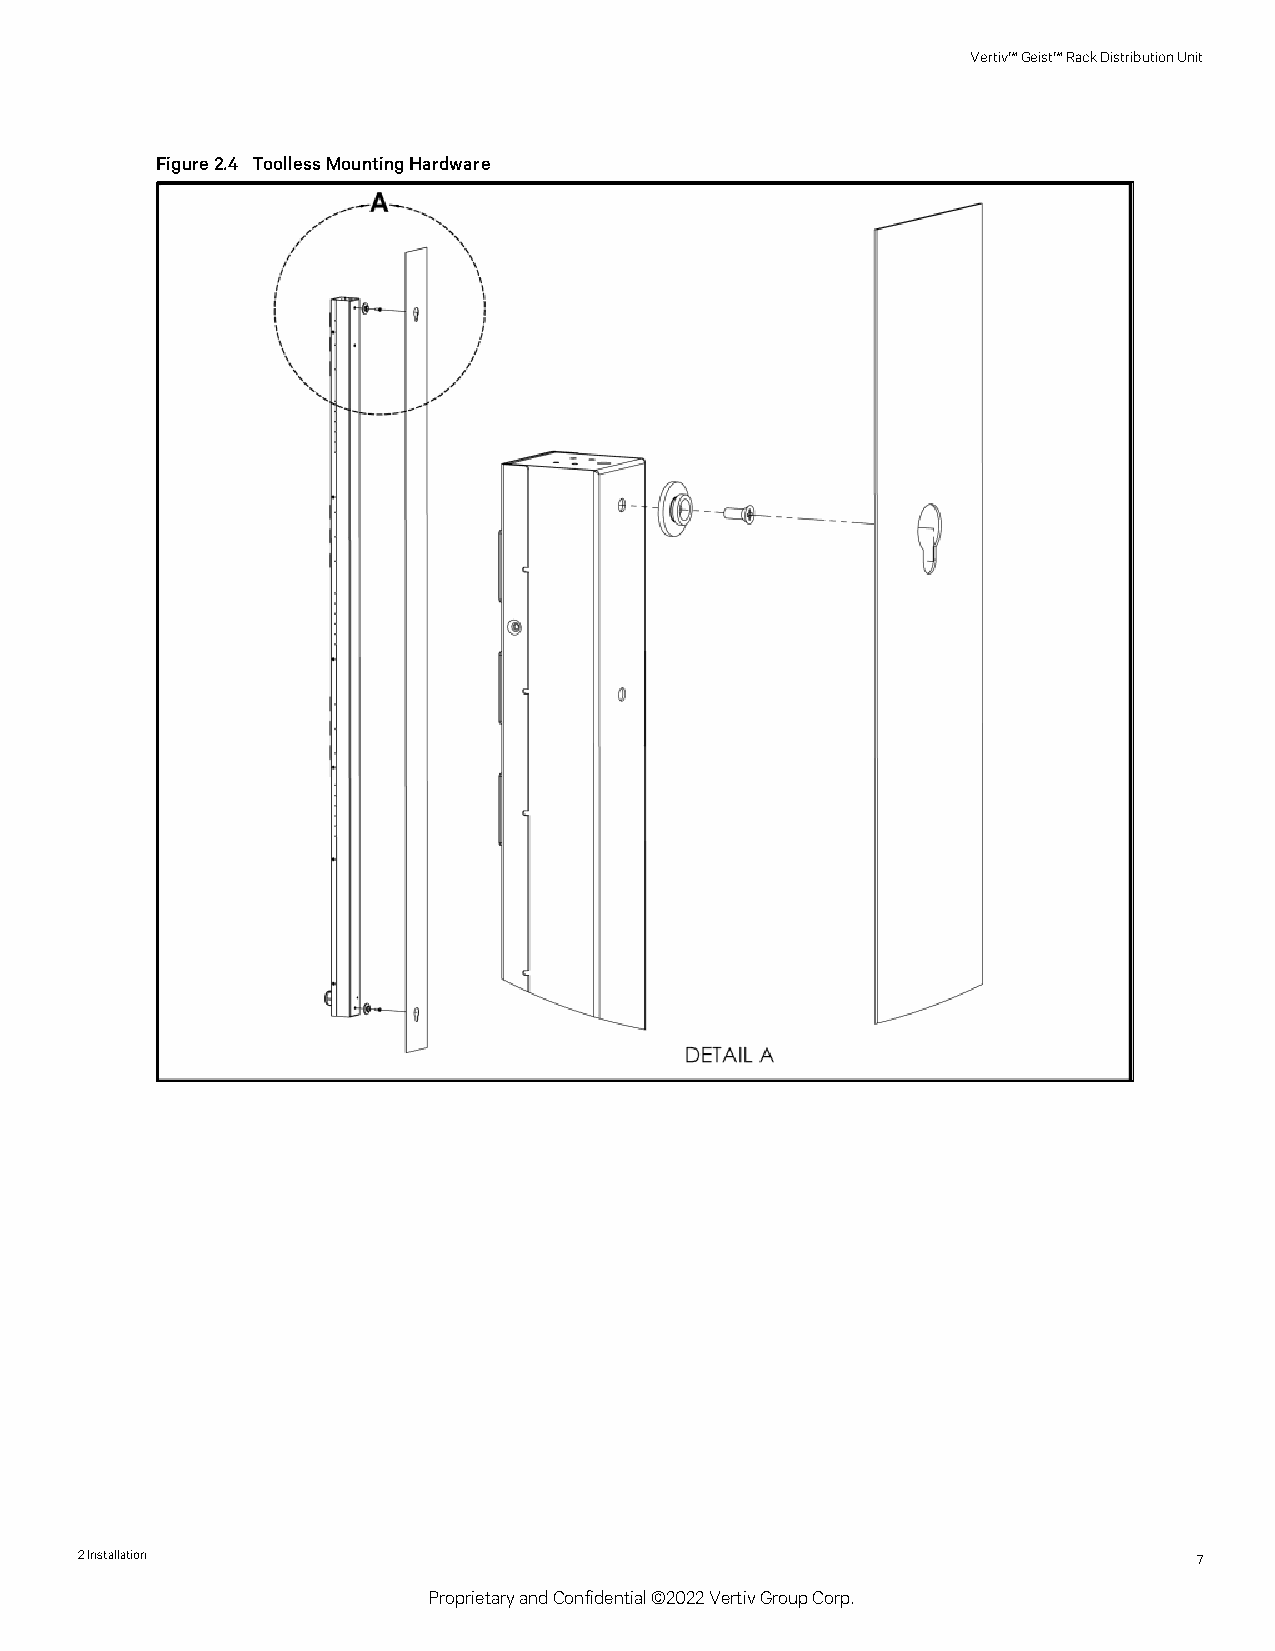
Vertiv™Geist™RackDistributionUnit
 Figure2.4 ToollessMountingHardware
 2Installation                                                             7
 ProprietaryandConfidential©2022VertivGroupCorp.